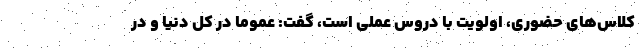
کلاس‌های حضوری، اولویت با دروس عملی است، گفت: عموما در کل دنیا و در